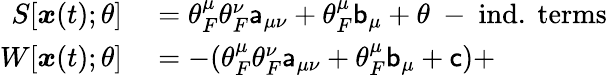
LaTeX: \begin{array}{rl}{S[{\boldsymbol{x}}(t);\theta]}&{{}=\theta_{F}^{\mu}\theta_{F}^{\nu}\mathsf{a}_{\mu\nu}+\theta_{F}^{\mu}\mathsf{b}_{\mu}+\theta\mathrm{~-~}\mathrm{ind.\ terms}}\\ {W[{\boldsymbol{x}}(t);\theta]}&{{}=-(\theta_{F}^{\mu}\theta_{F}^{\nu}\mathsf{a}_{\mu\nu}+\theta_{F}^{\mu}\mathsf{b}_{\mu}+\mathsf{c})+}\end{array}